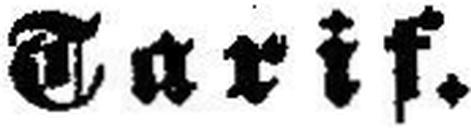
Tarif.